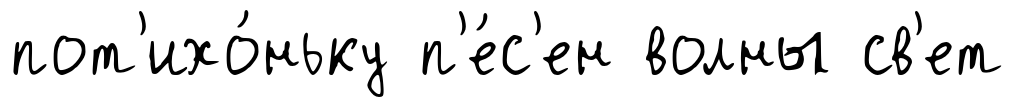
пот'ихо́ньку п'е́с'ен волны св'ет